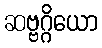
ဆဗ္ဗဂ္ဂိယော